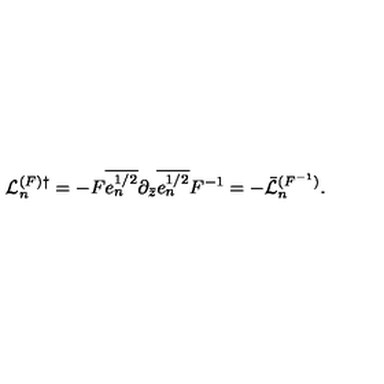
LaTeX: { \cal L } _ { n } ^ { ( F ) \dagger } = - F \overline { { e _ { n } ^ { 1 / 2 } } } \partial _ { \bar { z } } \overline { { e _ { n } ^ { 1 / 2 } } } F ^ { - 1 } = - \bar { \cal L } _ { n } ^ { ( F ^ { - 1 } ) } .